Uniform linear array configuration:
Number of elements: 4
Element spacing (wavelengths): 1
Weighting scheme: uniform
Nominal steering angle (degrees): -45
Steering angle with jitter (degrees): -44.157
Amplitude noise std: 0.05
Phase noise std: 0.05

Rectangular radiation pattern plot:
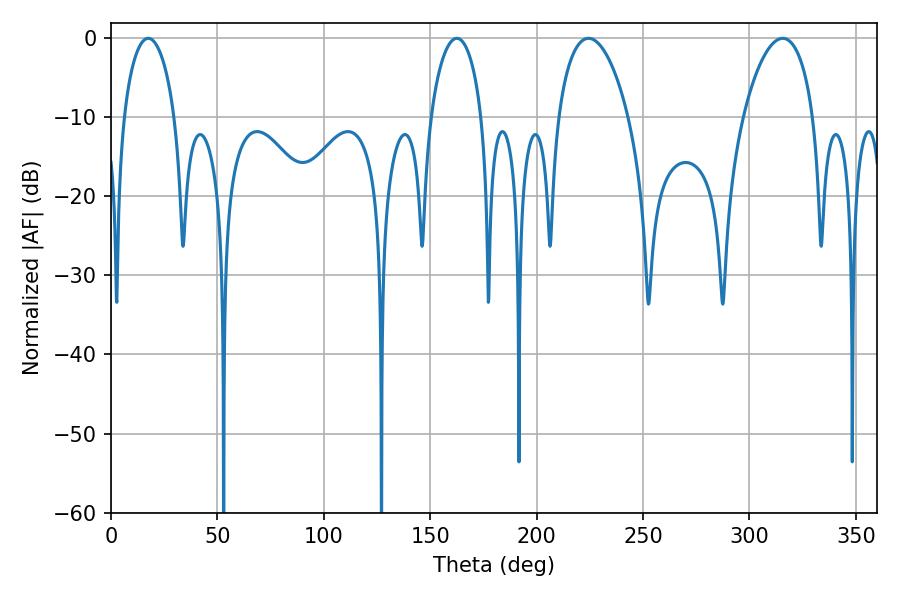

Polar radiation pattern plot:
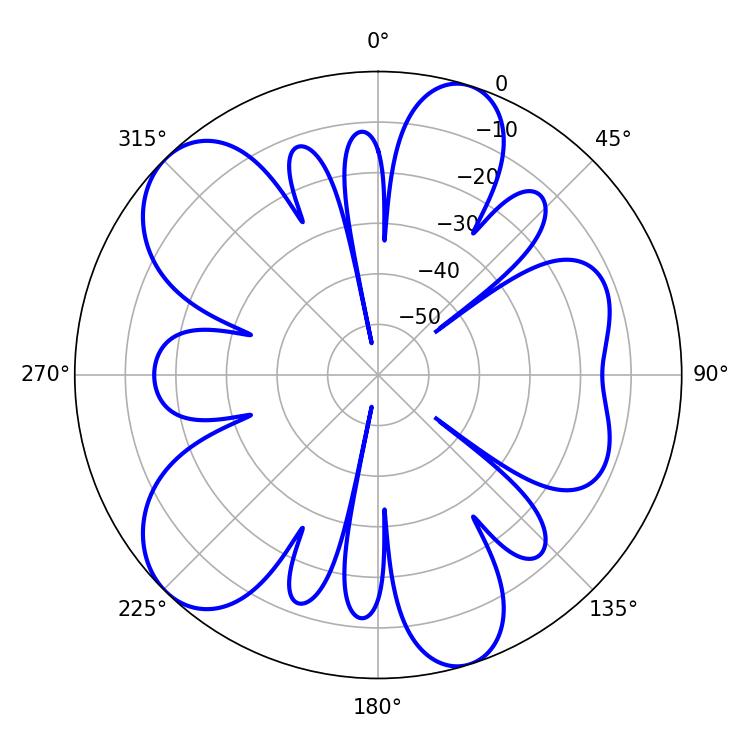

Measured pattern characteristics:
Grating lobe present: TRUE
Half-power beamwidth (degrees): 13.68
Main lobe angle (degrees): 17.46